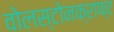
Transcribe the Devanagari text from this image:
वोलस्टोनक्राफ्ट